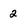
Character: 2